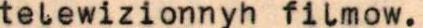
telewizionnyh filmow.